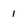
Character: 1